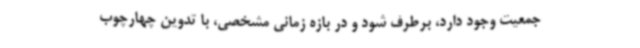
جمعیت وجود دارد، برطرف شود و در بازه زمانی مشخصی، با تدوین چهارچوب